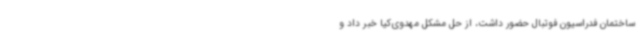
ساختمان فدراسیون فوتبال حضور داشت، از حل مشکل مهدوی‌کیا خبر داد و